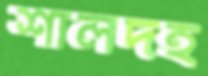
শালদহ